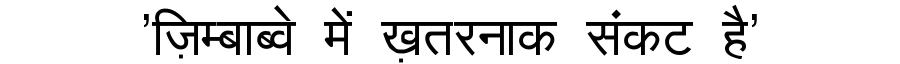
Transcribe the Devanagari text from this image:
'ज़िम्बाब्वे में ख़तरनाक संकट है'